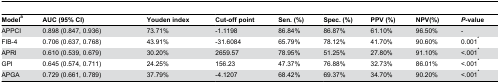
<table><thead><tr><td><b>Model<sup>a</sup></b></td><td><b>AUC (95% CI)</b></td><td><b>Youden index</b></td><td><b>Cut-off point</b></td><td><b>Sen. (%)</b></td><td><b>Spec. (%)</b></td><td><b>PPV (%)</b></td><td><b>NPV(%)</b></td><td><b><i>P</i>-value</b></td></tr></thead><tbody><tr><td>APPCI</td><td>0.898 (0.847, 0.936)</td><td>73.71%</td><td>-1.1198</td><td>86.84%</td><td>86.87%</td><td>61.10%</td><td>96.50%</td><td>-</td></tr><tr><td>FIB-4</td><td>0.706 (0.637, 0.768)</td><td>43.91%</td><td>-31.6084</td><td>65.79%</td><td>78.12%</td><td>41.70%</td><td>90.60%</td><td>0.001<sup>*</sup></td></tr><tr><td>APRI</td><td>0.610 (0.539, 0.679)</td><td>30.20%</td><td>2659.57</td><td>78.95%</td><td>51.25%</td><td>27.80%</td><td>91.10%</td><td>&lt;.001<sup>*</sup></td></tr><tr><td>GPI</td><td>0.645 (0.574, 0.711)</td><td>24.25%</td><td>156.23</td><td>47.37%</td><td>76.88%</td><td>32.73%</td><td>86.01%</td><td>&lt;.001<sup>*</sup></td></tr><tr><td>APGA</td><td>0.729 (0.661, 0.789)</td><td>37.79%</td><td>-4.1207</td><td>68.42%</td><td>69.37%</td><td>34.70%</td><td>90.20%</td><td>&lt;.001<sup>*</sup></td></tr></tbody></table>